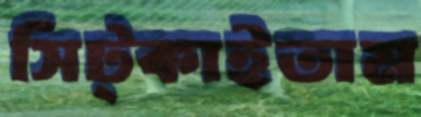
সিট্‌কাইতাম